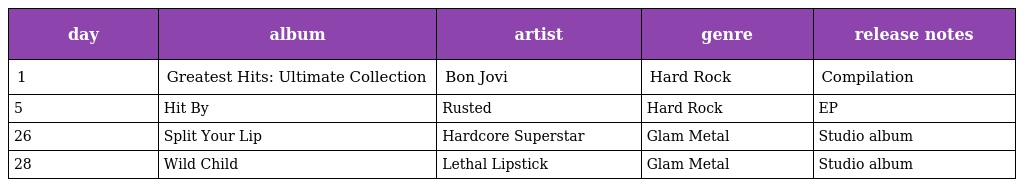
| day | album | artist | genre | release notes |
 | --- | --- | --- | --- | --- |
 | 1 | Greatest Hits: Ultimate Collection | Bon Jovi | Hard Rock | Compilation |
 | 5 | Hit By | Rusted | Hard Rock | EP |
 | 26 | Split Your Lip | Hardcore Superstar | Glam Metal | Studio album |
 | 28 | Wild Child | Lethal Lipstick | Glam Metal | Studio album |